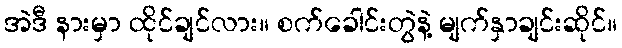
အဲဒီ နားမှာ ထိုင်ချင်လား။ စက်ခေါင်းတွဲနဲ့ မျက်နှာချင်းဆိုင်။